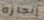
إنجازه